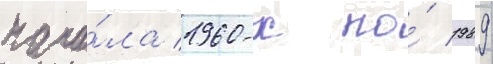
нача́ла 1960-х по́ 1989